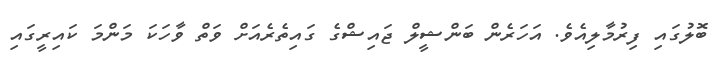
ބޮލުގައި ފިރުމާލިއެވެ. އަހަރެން ބަންޝީލް ޖައިޝްގެ ގައިތެރެއަށް ވަތް ވާހަކަ މަންމަ ކައިރީގައި